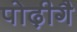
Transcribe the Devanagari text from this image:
पोढ़ीगै